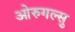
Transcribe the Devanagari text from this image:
ओरुगल्सु